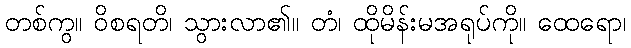
တစ်ကွ။ ဝိစရတိ၊ သွားလာ၏။ တံ၊ ထိုမိန်းမအရုပ်ကို။ ထေရော၊